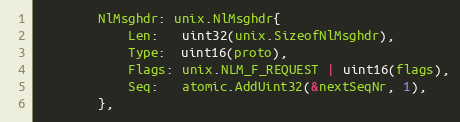
Language: Go
		NlMsghdr: unix.NlMsghdr{
			Len:   uint32(unix.SizeofNlMsghdr),
			Type:  uint16(proto),
			Flags: unix.NLM_F_REQUEST | uint16(flags),
			Seq:   atomic.AddUint32(&nextSeqNr, 1),
		},